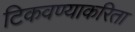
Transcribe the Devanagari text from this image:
टिकवण्याकरिता